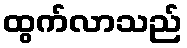
ထွက်လာသည်